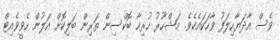
ވެސް އާދަޔާހިލަފު ވާހަކައެކެވެ. މަޝްހޫރު ހުރިހާ ބޮކްސިން ތަރިން ބަލިކޮށް އަލުން ހެވީވެއިޓް